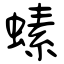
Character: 螦